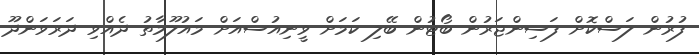
ފުރުން ލަސްކޮށް ފަސިންޖަރުން ބޯޓުން ބޭލި ކަމަށް ވީނިއުސްއަށް މައުލޫމާތު ދެއްވި ދަރަވަންދޫ